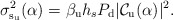
\begin{align*}&\!\!\!\!\!\!\! \sigma_{{\rm s_u}}^2(\alpha)= \beta_{\rm u} h_s P_{\rm d} |\mathcal{C}_{\rm u}(\alpha)|^2.\end{align*}